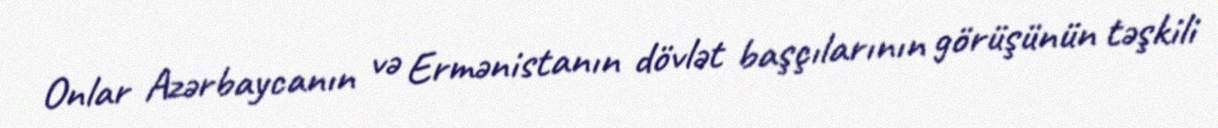
Onlar Azərbaycanın və Ermənistanın dövlət başçılarının görüşünün təşkili